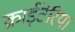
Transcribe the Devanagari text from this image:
क्राईटेरिया